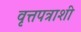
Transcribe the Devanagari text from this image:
वृत्तपत्राशी